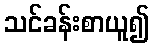
သင်ခန်းစာယူ၍